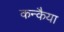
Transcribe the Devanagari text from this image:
कन्कैया